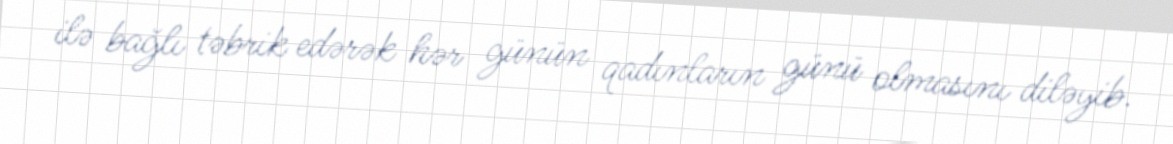
ilə bağlı təbrik edərək hər günün qadınların günü olmasını diləyib.